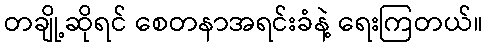
တချို့ဆိုရင် စေတနာအရင်းခံနဲ့ ရေးကြတယ်။